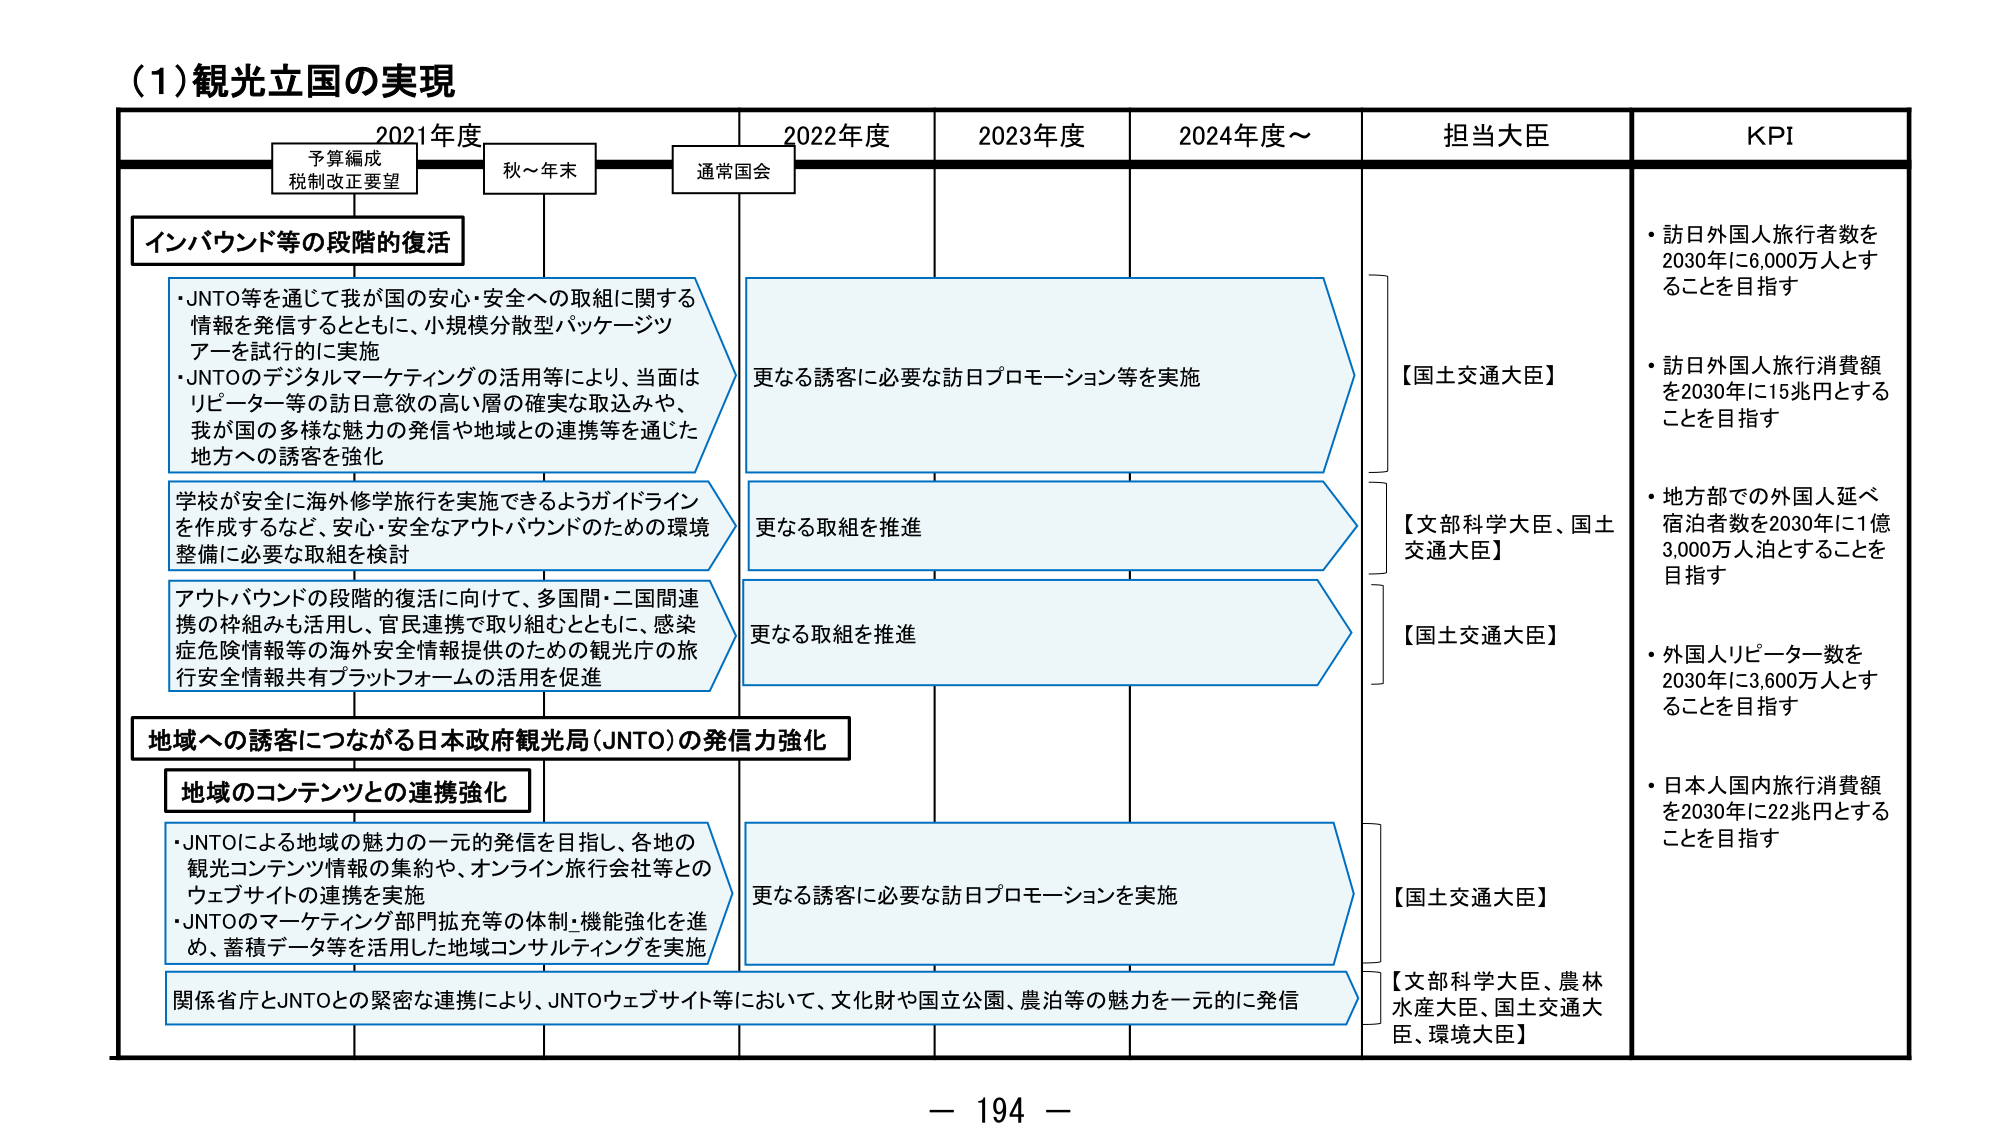
(1) 観光立国の実現

2021年度　　　　　　　2022年度　　　　　2023年度　　　　　2024年度～　　　担当大臣　　　　　KPI

予算編成